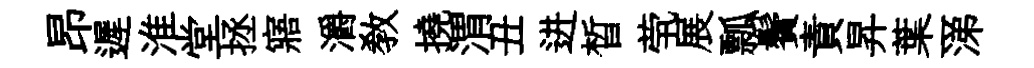
昂遲淮堂拯寤灂敎撓渭丑进晳茕展瓢鬢責昇葉一涕